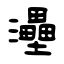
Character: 灅